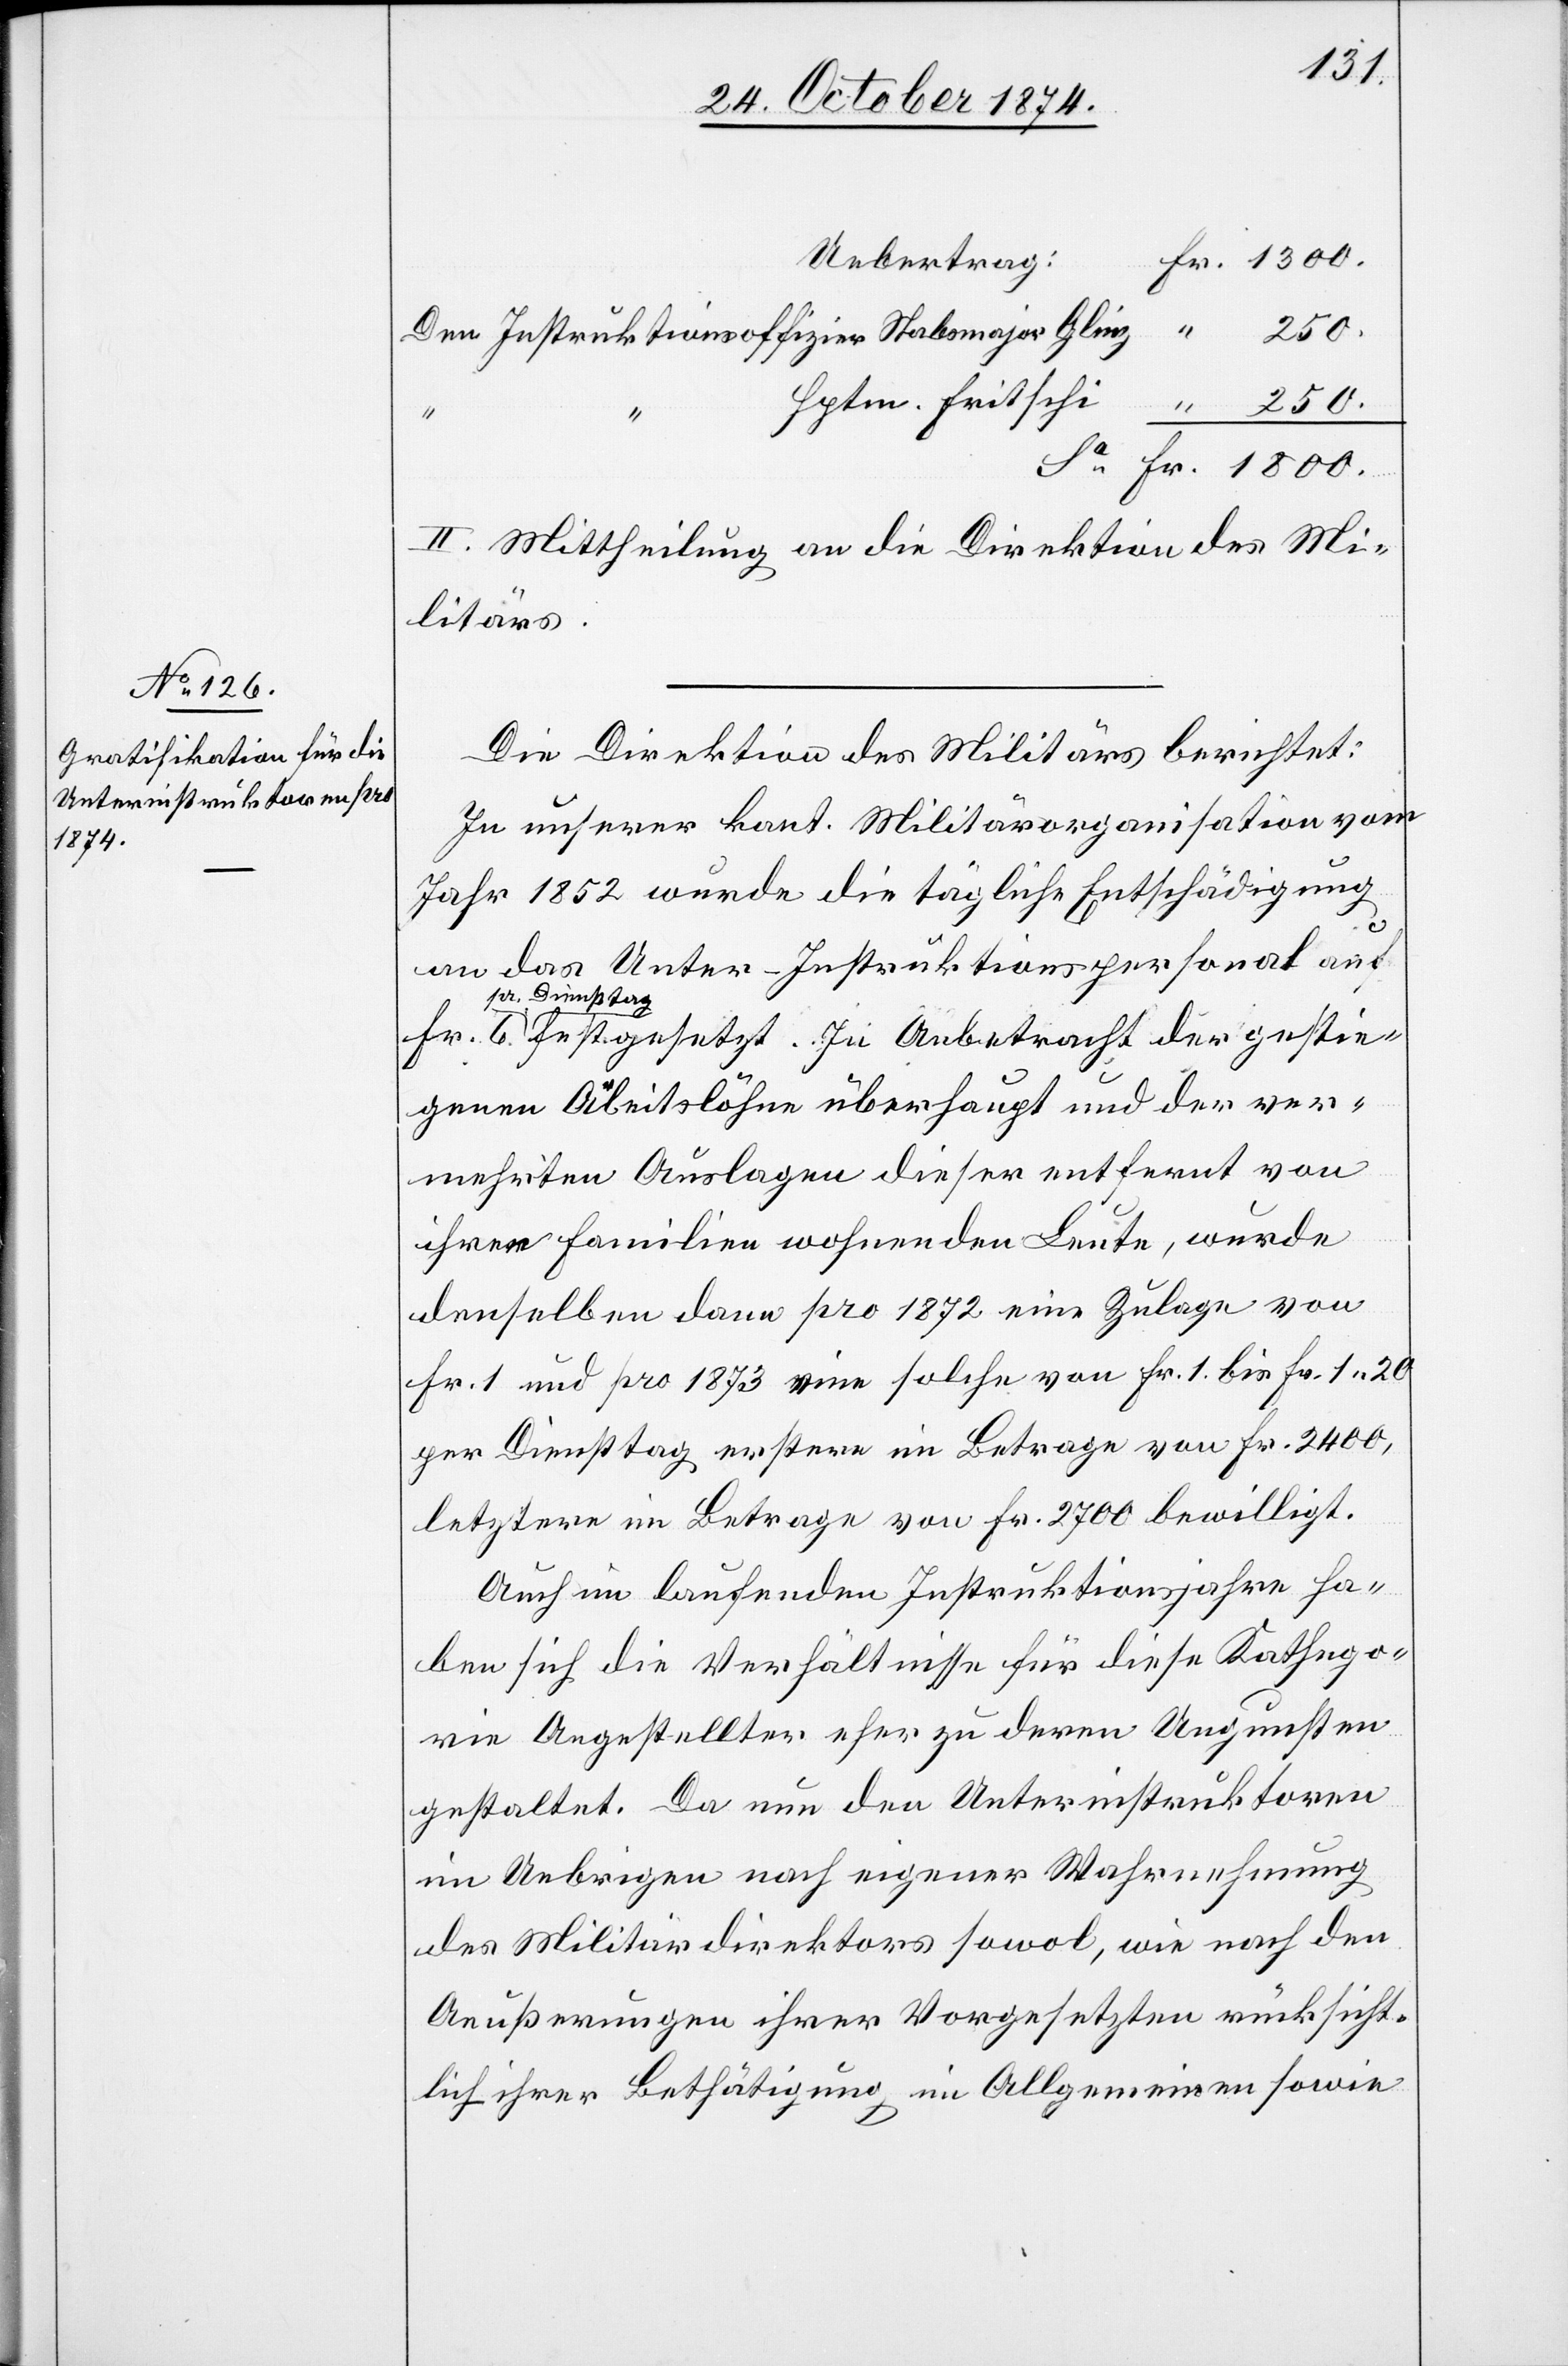
1800.
Uebertrag
Instruktionsoffizier Stabmajor Glinz
II. Mittheilung an die Direktion des Mi¬
litärs.
Die Direktion des Militärs berichtet:
In unserer kant. Militärorganisation vom
Jahr 1852 wurde die tägliche Entschädigung
an das Unter-Instruktionspersonal auf
a-pr. Dienstta¬
g-a festgesetzt. In Anbetracht der gestie¬
genen Arbeitslöhne überhaupt und der ver¬
mehrten Auslagen dieser entfernt von
ihren Familien wohnenden Leute, wurde
denselben dann pro 1872 eine Zulage von
Fr. 1 und pro 1873 eine solche von Fr. 1 bis Fr. 1.20
per Diensttag erstere im Betrage von Fr. 2400,
letztere im Betrage von Fr. 2700 bewilligt.
Auch im laufenden Instruktionsjahre ha¬
ben sich die Verhältnisse für diese Kathego¬
rie Angestellter eher zu deren Ungunsten
gestaltet. Da nun den Unterinstruktoren
im Uebrigen nach eigener Wahrnehmung
des Militärdirektors sowol, wie nach den
Aeußerungen ihrer Vorgesetzten rücksicht¬
lich ihrer Bethätigung im Allgemeinen sowie